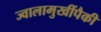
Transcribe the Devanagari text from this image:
ज्वालामुखींपैकी